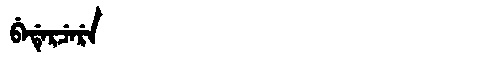
Manchu: ᠪᡝᡩᡝᡵᠴᡝᡵᡝ
Romanization: BEDERCERE